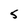
Character: 5